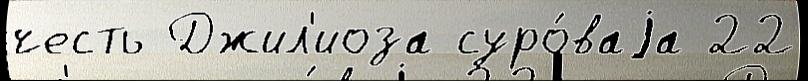
честь Джил'иоза суро́ваjа 22